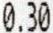
0.30